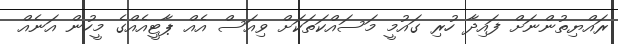
ރައްޔިތުންނަށް ފައިދާ ހުރި ގައުމީ މަސައްކަތަކަށް ވިއަސް އެއް ޕާޓީއެއްގެ މީހުން އަނެއް